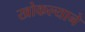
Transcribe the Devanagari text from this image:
खोकल्याने